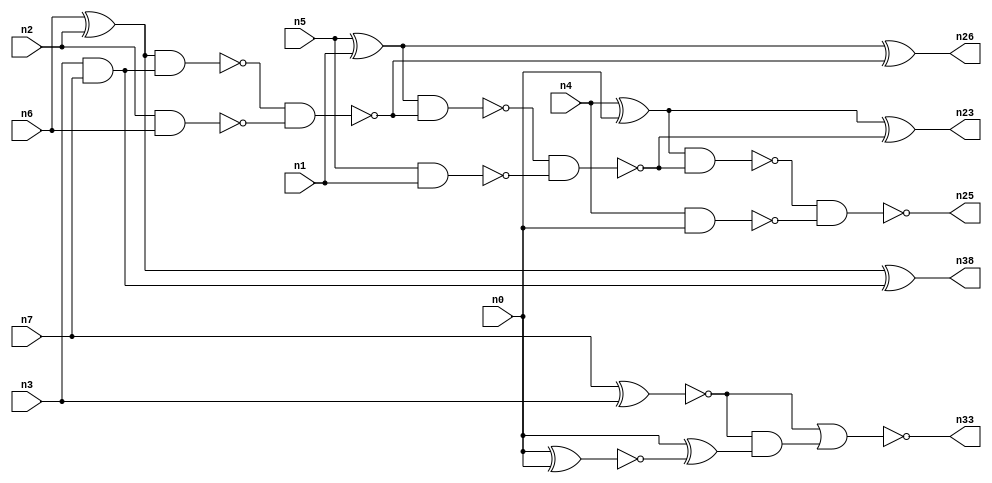
// This file contains a pareto-optimal circuit with respect to delay and the fault-resilince parameter p_fault which is defined as:
// "For all input vectors, the ratio of the no. of faults observable at the POs to the no. of total possible faults in the circuit".
// This code is part of the ReCkt library (https://github.com/umar-afzaal/ReCkt) distributed under The MIT License.
// When used, please cite the following article(s):
// U. Afzaal, A.S. Hassan, M. Usman and J.A. Lee, "On the Evolutionary Synthesis of Increased Fault-resilience Arithmetic Circuits".

// p_fault = 85.5 %    (Lower is better)
// gates = 25.0
// levels = 7
// area = 33.63    (For MCNC library relative to nand2)
// power = 124.5 uW    (Berkely-SIS for MCNC library @ Vdd=5V and 20 MHz clock)
// delay = 8.4 ns    (Berkely-ABC for MCNC library)
// PDP = 1.0458e-12 J

// Pin mapping:
// {n0, n1, n2, n3} = A[3:0]
// {n4, n5, n6, n7} = B[3:0]
// {n25, n23, n26, n38, n33} = O[4:0]

module addr4u_delay_2 (
n0, n1, n2, n3, n4, n5, n6, n7, 
n25, n23, n26, n38, n33
);

input n0, n1, n2, n3, n4, n5, n6, n7;
output n25, n23, n26, n38, n33;
wire n29, n13, n18, n30, n24, n20, n9, n14, n16, n8, n22, n15, n10, n31, n19, n21, n27, n11, n12, n17;

and (n8, n3, n7);
xor (n9, n6, n2);
xor (n10, n5, n1);
nand (n11, n5, n1);
nand (n12, n4, n0);
nand (n13, n2, n6);
xnor (n14, n7, n3);
xor (n15, n4, n0);
xor (n16, n9, n8);
nand (n17, n9, n8);
and (n18, n14, n14);
nand (n19, n17, n13);
nand (n20, n10, n19);
xnor (n21, n10, n19);
nand (n22, n20, n11);
xor (n23, n15, n22);
nand (n24, n15, n22);
nand (n25, n24, n12);
nand (n26, n21, n21);
xnor (n27, n0, n0);
xnor (n29, n0, n27);
not (n30, n29);
and (n31, n14, n30);
nor (n33, n18, n31);
and (n38, n16, n16);

endmodule